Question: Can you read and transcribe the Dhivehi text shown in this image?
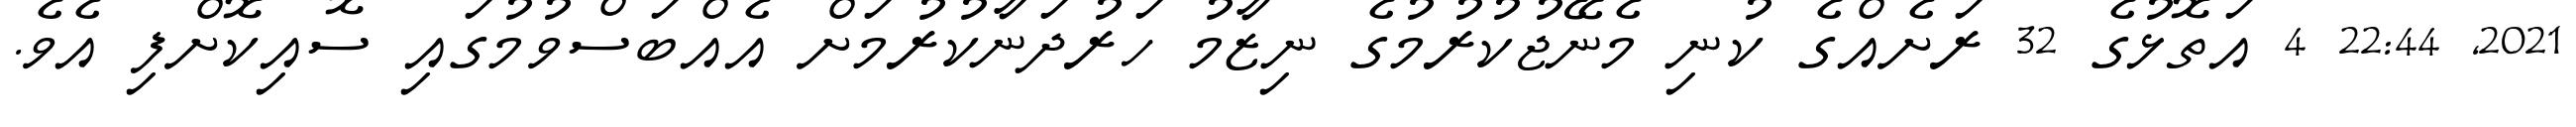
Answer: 2021, 22:44 4 އަތޮޅުގެ 32 ރަށެއްގެ ކުނި މެނޭޖުކުރުމުގެ ނިޒާމު ހަރުދަނާކުރުމަށް އެއްބަސްވުމުގައި ސޮއިކޮށްފި އެވެ.